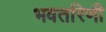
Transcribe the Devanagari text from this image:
भवतरिणी